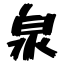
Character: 泉